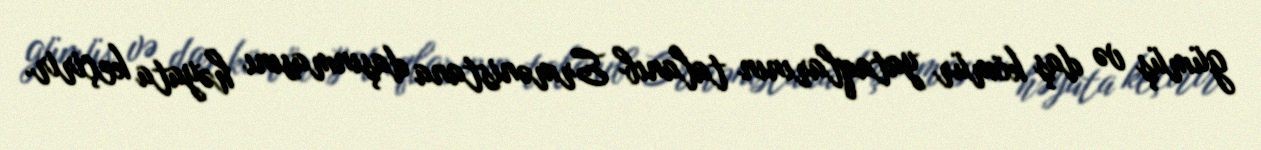
gümüş və daş kömür yataqlarının talanıb Ermənistana daşınmasını həyata keçirir.